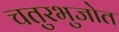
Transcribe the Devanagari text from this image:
चतुरभुजोत